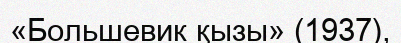
«Большевик қызы» (1937),